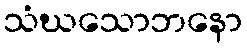
သံဃသောဘနော